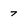
Character: 7